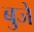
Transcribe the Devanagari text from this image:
बुजे